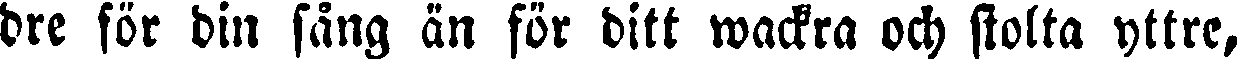
dre för din sång än för ditt wackra och stolta yttre,